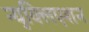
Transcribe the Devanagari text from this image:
न्युक्लिएशन